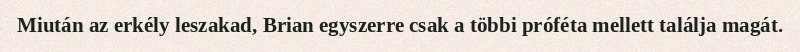
Miután az erkély leszakad, Brian egyszerre csak a többi próféta mellett találja magát.